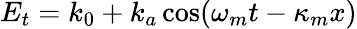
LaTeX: E_{t}=k_{0}+k_{a}\cos(\omega_{m}t-\kappa_{m}x)